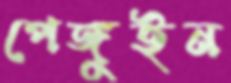
পেঙ্গুইন